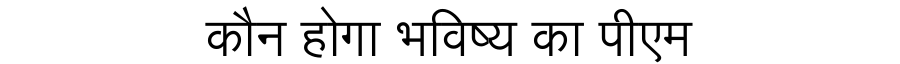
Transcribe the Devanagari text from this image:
कौन होगा भविष्य का पीएम